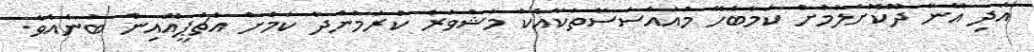
އަދި އޭނާ ދޫކޮށްލުމުށް ކަމާބެހޭ މުއައްސަސާތަކާއެކު މަޝްވަރާ ކުރަމުންދާ ކަމަށް އެޗްޕީއޭއިން ބުނެއެވެ.